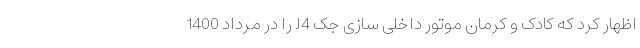
اظهار کرد که کادک و کرمان موتور داخلی سازی جک J4 را در مرداد 1400